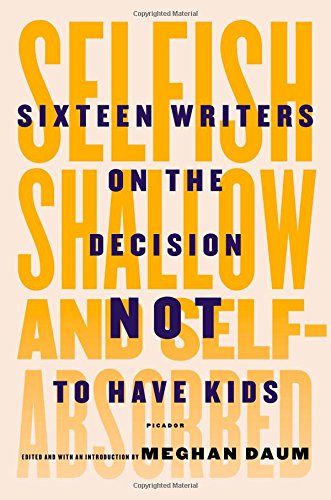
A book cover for Selfish, Shallow, and Self-Absorbed: Sixteen Writers on the Decision Not to Have Kids; Meghan Daum; Literature & Fiction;